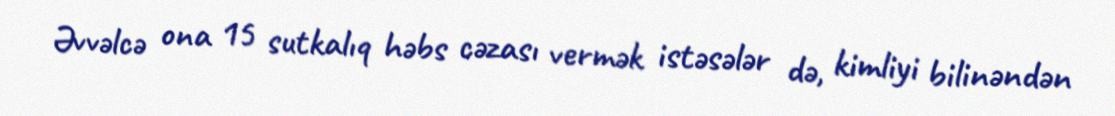
Əvvəlcə ona 15 sutkalıq həbs cəzası vermək istəsələr də, kimliyi bilinəndən